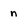
Character: n